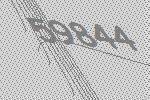
59844